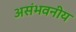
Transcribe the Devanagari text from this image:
असंभवनीय